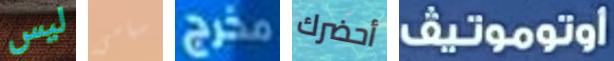
ليس سياسي مخرج أحضرك اوتوموتيف